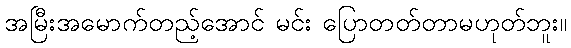
အမြီးအမောက်တည့်အောင် မင်း ပြောတတ်တာမဟုတ်ဘူး။